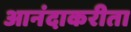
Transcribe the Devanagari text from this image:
आनंदाकरीता